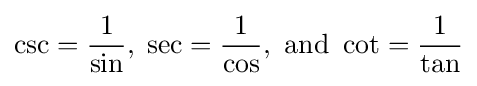
\csc ={\frac {1}{\sin }},\;\sec ={\frac {1}{\cos }},{\text{ and }}\cot ={\frac {1}{\tan }}